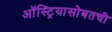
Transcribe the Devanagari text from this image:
ऑस्ट्रियासोबतची